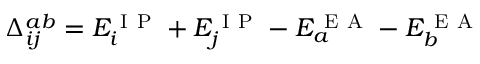
\Delta _ { i j } ^ { a b } = E _ { i } ^ { \mathrm { ~ I ~ P ~ } } + E _ { j } ^ { \mathrm { ~ I ~ P ~ } } - E _ { a } ^ { \mathrm { ~ E ~ A ~ } } - E _ { b } ^ { \mathrm { ~ E ~ A ~ } }